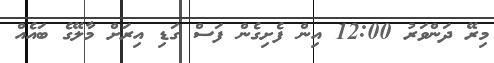
މިރޭ ދަންވަރު 12:00 އިން ފެށިގެން ފަސް ގަޑި އިރަށް މާލޭގެ ބައެއް